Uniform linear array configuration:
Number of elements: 4
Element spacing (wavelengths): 1
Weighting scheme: binomial
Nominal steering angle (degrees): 45
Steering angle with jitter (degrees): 45.464
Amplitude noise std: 0.05
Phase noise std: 0.05

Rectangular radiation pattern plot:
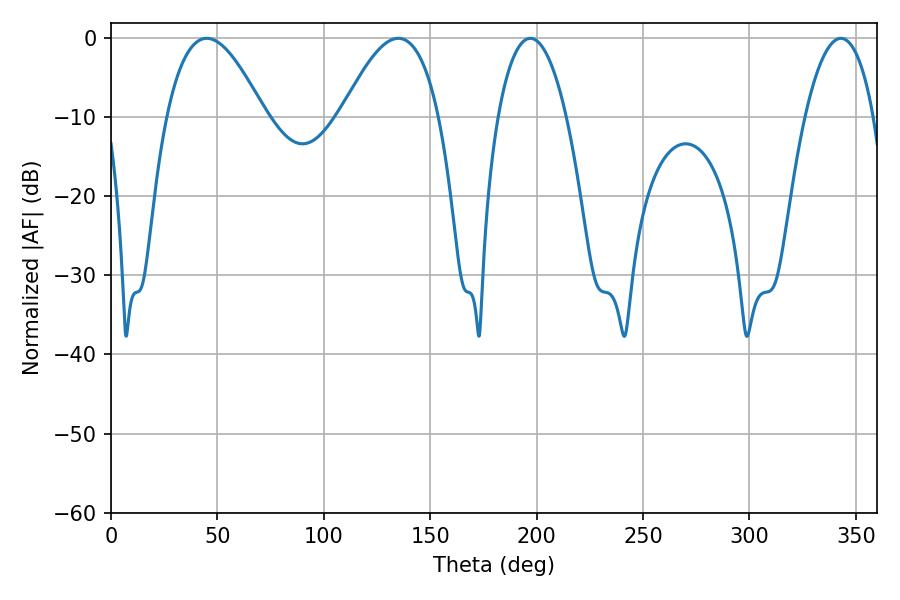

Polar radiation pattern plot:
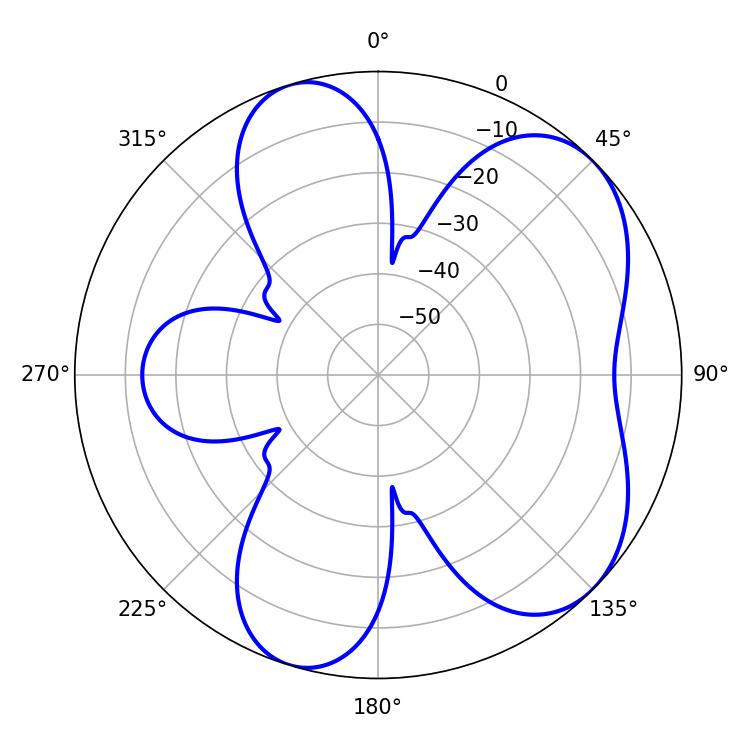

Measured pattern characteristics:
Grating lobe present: TRUE
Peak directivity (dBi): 6.098
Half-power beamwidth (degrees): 25.02
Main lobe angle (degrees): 45